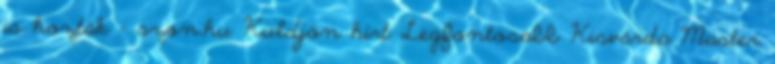
is hozták - szon.hu Küldjön hírt Legfontosabb Kisvárda Master